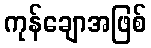
ကုန်ချောအဖြစ်